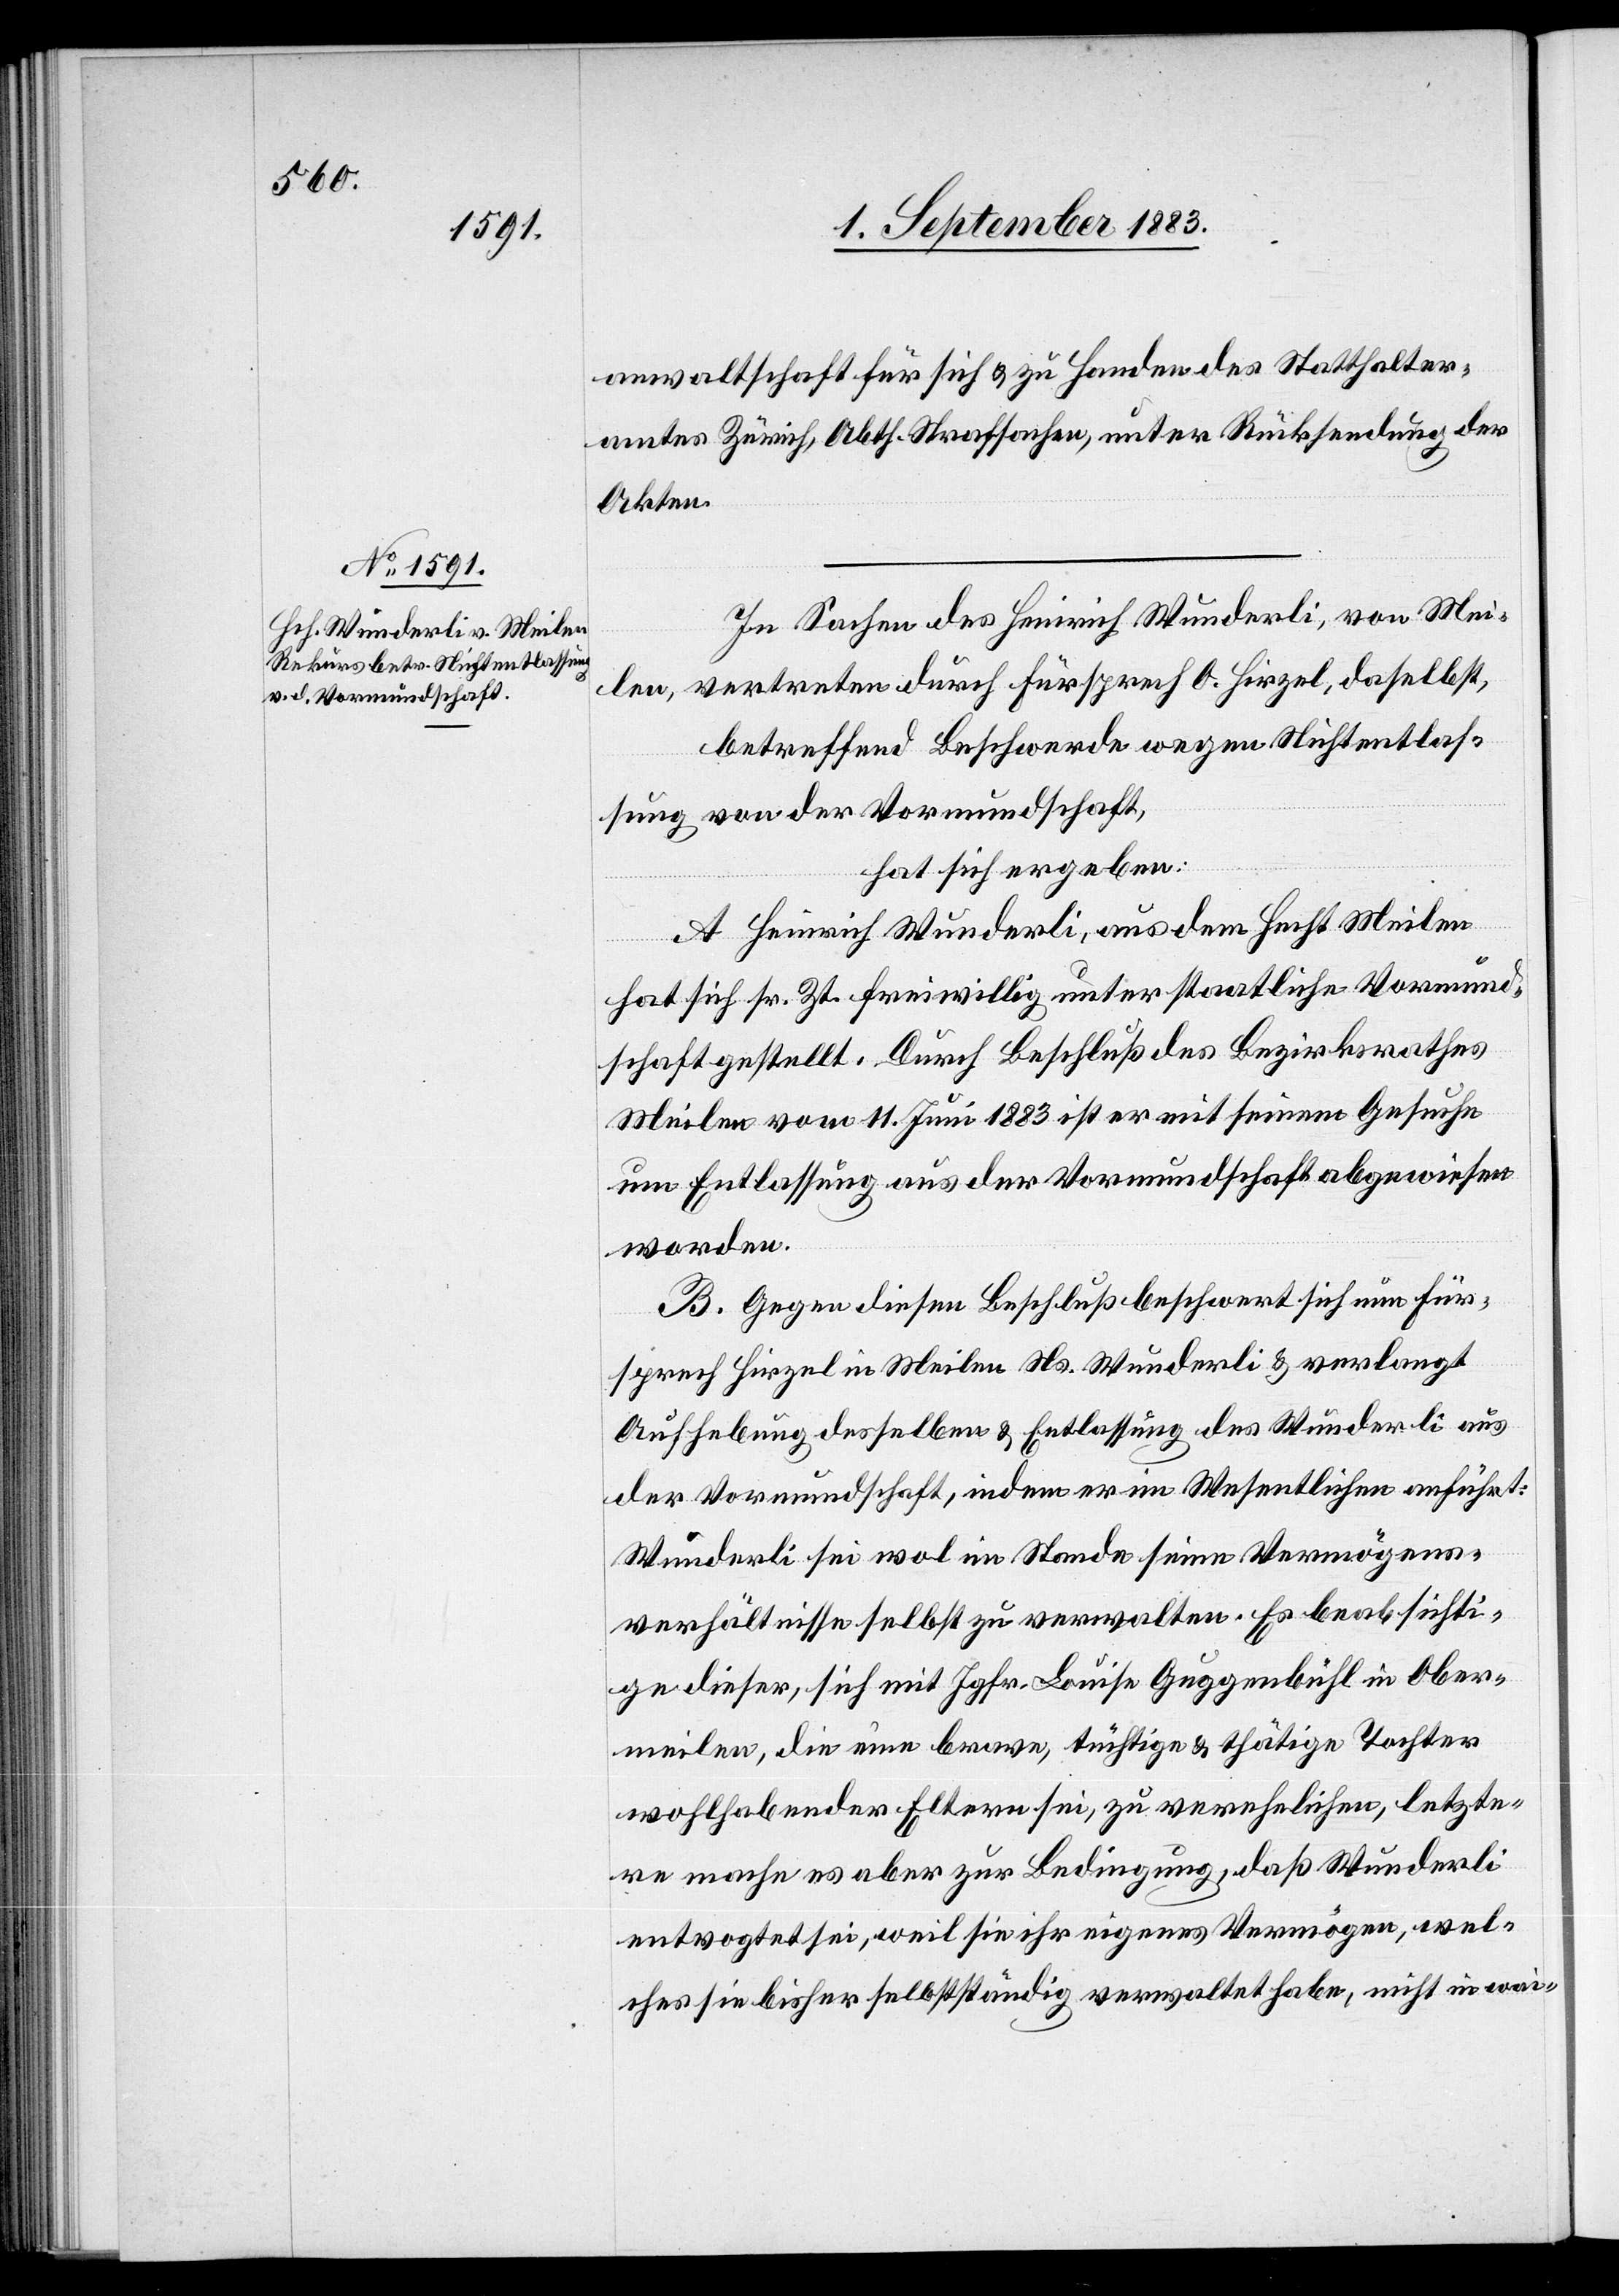
anwaltschaft für sich & zu Handen des Statthalter¬
amtes Zürich, Abth. Strafsachen, unter Rücksendung der
Akten.
In Sachen des Heinrich Wunderli, von Mei¬
len, vertreten durch Fürsprech O. Hirzel, daselbst,
betreffend Beschwerde wegen Nichtentlas¬
sung von der Vormundschaft,
hat sich ergeben:
A. Heinrich Wunderli, aus dem Hecht Meilen
hat sich sr. Zt. freiwillig unter staatliche Vormund¬
schaft gestellt. Durch Beschluß des Bezirksrathes
Meilen vom 11. Juni 1883 ist er mit seinem Gesuche
um Entlassung aus der Vormundschaft abgewiesen
worden.
B. Gegen diesen Beschluß beschwert sich nun Für¬
sprech Hirzel in Meilen Ns. Wunderli & verlangt
Aufhebung desselben & Entlassung des Wunderli aus
der Vormundschaft, indem er im Wesentlichen anführt:
Wunderli sei wol im Stande seine Vermögens¬
verhältnisse selbst zu verwalten. Es beabsichti¬
ge dieser, sich mit Jgfr. Louise Guggenbühl in Ober¬
meilen, die eine brave, tüchtige & tätige Tochter
wohlhabender Eltern sei, zu verehelichen, letzte¬
re mach es aber zur Bedingung, daß Wunderli
entvogtet sei, weil sie ihr eigenes Vermögen, wel¬
ches sie bisher selbstständig verwaltet habe, nicht in wai-